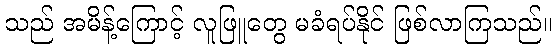
သည် အမိန့်ကြောင့် လူဖြူတွေ မခံရပ်နိုင် ဖြစ်လာကြသည်။